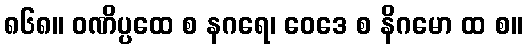
၈၆၈။ ဝဏိပ္ပထေ စ နဂရေ၊ ဝေဒေ စ နိဂမော ထ စ။